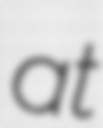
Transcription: at